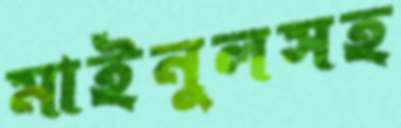
মাইনুলসহ